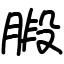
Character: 腶